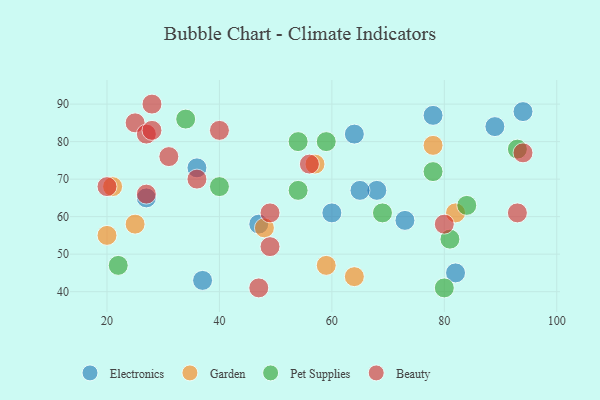
{"axis": {"x": "GDP", "y": "Life Expectancy"}, "legend": ["Beauty", "Electronics", "Garden", "Pet Supplies"], "data": [{"x": "68", "y": 67, "type": "Electronics"}, {"x": "64", "y": 82, "type": "Electronics"}, {"x": "65", "y": 67, "type": "Electronics"}, {"x": "73", "y": 59, "type": "Electronics"}, {"x": "82", "y": 45, "type": "Electronics"}, {"x": "36", "y": 73, "type": "Electronics"}, {"x": "47", "y": 58, "type": "Electronics"}, {"x": "37", "y": 43, "type": "Electronics"}, {"x": "60", "y": 61, "type": "Electronics"}, {"x": "89", "y": 84, "type": "Electronics"}, {"x": "78", "y": 87, "type": "Electronics"}, {"x": "27", "y": 65, "type": "Electronics"}, {"x": "94", "y": 88, "type": "Electronics"}, {"x": "59", "y": 47, "type": "Garden"}, {"x": "25", "y": 58, "type": "Garden"}, {"x": "20", "y": 55, "type": "Garden"}, {"x": "64", "y": 44, "type": "Garden"}, {"x": "78", "y": 79, "type": "Garden"}, {"x": "82", "y": 61, "type": "Garden"}, {"x": "48", "y": 57, "type": "Garden"}, {"x": "21", "y": 68, "type": "Garden"}, {"x": "57", "y": 74, "type": "Garden"}, {"x": "84", "y": 63, "type": "Pet Supplies"}, {"x": "93", "y": 78, "type": "Pet Supplies"}, {"x": "78", "y": 72, "type": "Pet Supplies"}, {"x": "69", "y": 61, "type": "Pet Supplies"}, {"x": "59", "y": 80, "type": "Pet Supplies"}, {"x": "54", "y": 80, "type": "Pet Supplies"}, {"x": "80", "y": 41, "type": "Pet Supplies"}, {"x": "34", "y": 86, "type": "Pet Supplies"}, {"x": "40", "y": 68, "type": "Pet Supplies"}, {"x": "54", "y": 67, "type": "Pet Supplies"}, {"x": "81", "y": 54, "type": "Pet Supplies"}, {"x": "22", "y": 47, "type": "Pet Supplies"}, {"x": "80", "y": 58, "type": "Beauty"}, {"x": "47", "y": 41, "type": "Beauty"}, {"x": "40", "y": 83, "type": "Beauty"}, {"x": "49", "y": 52, "type": "Beauty"}, {"x": "28", "y": 90, "type": "Beauty"}, {"x": "94", "y": 77, "type": "Beauty"}, {"x": "31", "y": 76, "type": "Beauty"}, {"x": "20", "y": 68, "type": "Beauty"}, {"x": "56", "y": 74, "type": "Beauty"}, {"x": "27", "y": 66, "type": "Beauty"}, {"x": "25", "y": 85, "type": "Beauty"}, {"x": "36", "y": 70, "type": "Beauty"}, {"x": "27", "y": 82, "type": "Beauty"}, {"x": "28", "y": 83, "type": "Beauty"}, {"x": "49", "y": 61, "type": "Beauty"}, {"x": "93", "y": 61, "type": "Beauty"}]}